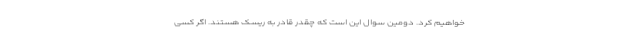
خواهیم کرد. دومین سوال این است که چقدر قادر به ریسک هستند. اگر کسی